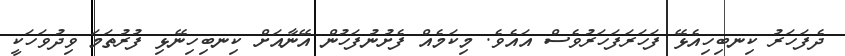
ދެފަހަރު ކިނބިހިއެޅޭ ފަހަރަފަހަރުވެސް އައެވެ. މިކަމެއް ފެށުނުފަހުން އޭނާއަށް ކިނބިހިނޭޅި ފުރުތަމަ ވިދުވަހަކީ